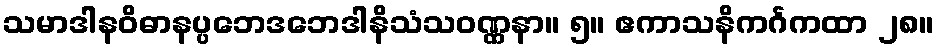
သမာဒါနဝိဓာနပ္ပဘေဒဘေဒါနိသံသဝဏ္ဏနာ။ ၅။ ဧကာသနိကင်္ဂကထာ ၂၈။